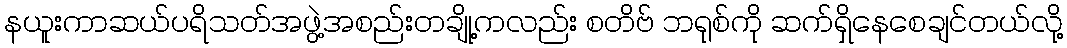
နယူးကာဆယ်ပရိသတ်အဖွဲ့အစည်းတချို့ကလည်း စတိဗ် ဘရုစ်ကို ဆက်ရှိနေစေချင်တယ်လို့